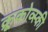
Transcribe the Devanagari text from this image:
क्रूकोव्स्की